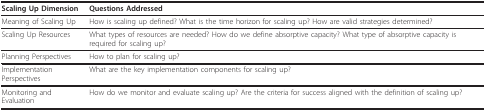
<table><thead><tr><td><b>Scaling Up Dimension</b></td><td><b>Questions Addressed</b></td></tr></thead><tbody><tr><td>Meaning of Scaling Up</td><td>How is scaling up defined? What is the time horizon for scaling up? How are valid strategies determined?</td></tr><tr><td>Scaling Up Resources</td><td>What types of resources are needed? How do we define absorptive capacity? What type of absorptive capacity is required for scaling up?</td></tr><tr><td>Planning Perspectives</td><td>How to plan for scaling up?</td></tr><tr><td>Implementation Perspectives</td><td>What are the key implementation components for scaling up?</td></tr><tr><td>Monitoring and Evaluation</td><td>How do we monitor and evaluate scaling up? Are the criteria for success aligned with the definition of scaling up?</td></tr></tbody></table>